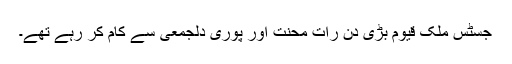
جسٹس ملک قیوم بڑی دن رات محنت اور پوری دلجمعی سے کام کر رہے تھے۔